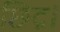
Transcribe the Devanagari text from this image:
छिद्र।